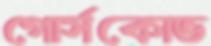
গোর্সকোভ